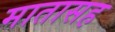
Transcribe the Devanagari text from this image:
मातासह